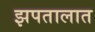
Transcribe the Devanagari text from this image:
झपतालात